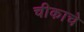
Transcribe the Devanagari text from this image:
चीकाचे